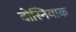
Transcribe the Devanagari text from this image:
बोस्नियाक